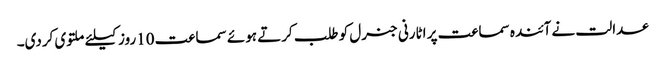
عدالت نے آئندہ سماعت پر اٹارنی جنرل کو طلب کرتے ہوئے سماعت 10روز کیلئے ملتوی کردی۔